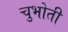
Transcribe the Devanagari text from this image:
चुभोती